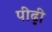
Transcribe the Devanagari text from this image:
पीढ़़ी